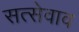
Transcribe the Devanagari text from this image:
सत्सेवाव